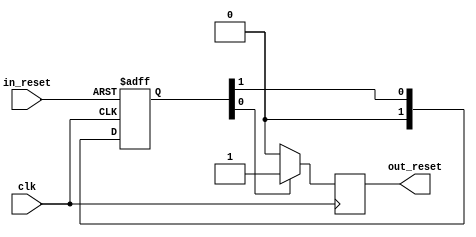
// This program was cloned from: https://github.com/ryuz/jelly
// License: MIT License

// ---------------------------------------------------------------------------
//  Jelly  -- The platform for real-time computing
//
//                                 Copyright (C) 2008-2020 by Ryuz
//                                 https://github.com/ryuz/jelly.git
// ---------------------------------------------------------------------------



`timescale 1ns / 1ps
`default_nettype none



// syncronous reset generator
module jelly_reset
        #(
            parameter   IN_LOW_ACTIVE  = 0,
            parameter   OUT_LOW_ACTIVE = 0,
            parameter   INPUT_REGS     = 2,
            parameter   COUNTER_WIDTH  = 0,
            parameter   COUNTER_VALUE  = COUNTER_WIDTH > 0 ? (1 << COUNTER_WIDTH) - 1 : 0,
            parameter   INSERT_BUFG    = 0
        )
        (
            input   wire    clk,
            input   wire    in_reset,       // asyncrnous reset
            output  wire    out_reset       // syncrnous reset
        );
    
    wire    input_reset = IN_LOW_ACTIVE ? ~in_reset : in_reset;
    
    
    // input REGS (remove metastable)
    wire    in_regs_reset;
    generate
    if ( INPUT_REGS > 0 ) begin : blk_input_reg
        (* ASYNC_REG="true" *)  reg     [INPUT_REGS-1:0]    reg_in_reset;
        always @(posedge clk or posedge input_reset) begin
            if ( input_reset ) begin
                reg_in_reset <= {INPUT_REGS{1'b1}};
            end
            else begin
                reg_in_reset <= (reg_in_reset >> 1);
            end
        end
        assign in_regs_reset = reg_in_reset[0];
    end
    else begin : bypass_input_reg
        assign in_regs_reset = input_reset;
    end
    endgenerate
    
    
    // counter
    wire    counter_reset;
    generate
    if ( COUNTER_WIDTH > 0 ) begin : blk_counter
        reg     [COUNTER_WIDTH-1:0] reg_counter;
        always @(posedge clk) begin
            if ( in_regs_reset ) begin
                reg_counter <= COUNTER_VALUE;
            end
            else begin
                if ( reg_counter > 0 ) begin
                    reg_counter <= reg_counter - 1'b1;
                end
            end
        end
        assign counter_reset = (reg_counter != 0);
    end
    else begin : bypass_counter
        assign counter_reset = in_regs_reset;
    end
    endgenerate
    
    
    // syncrnous reset
    reg     reg_reset;
    always @(posedge clk) begin
        if ( counter_reset ) begin
            reg_reset <= OUT_LOW_ACTIVE ? 1'b0 : 1'b1;
        end
        else begin
            reg_reset <= OUT_LOW_ACTIVE ? 1'b1 : 1'b0;
        end
    end
    
    
    // insert BUFG
    generate
    if ( INSERT_BUFG ) begin : blk_bufg
        BUFG    i_bufg  (.I(reg_reset), .O(out_reset));
    end
    else begin : bypass_bufg
        assign out_reset = reg_reset;
    end
    endgenerate
    
    
endmodule


`default_nettype wire


// end of file